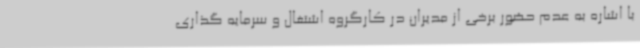
با اشاره به عدم حضور برخی از مدیران در کارگروه اشتغال و سرمایه گذاری